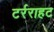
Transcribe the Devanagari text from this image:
टर्रराहट